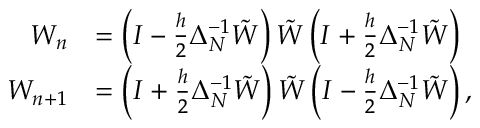
\begin{array} { r l } { W _ { n } } & { = \left( I - \frac { h } { 2 } \Delta _ { N } ^ { - 1 } \tilde { W } \right) \tilde { W } \left( I + \frac { h } { 2 } \Delta _ { N } ^ { - 1 } \tilde { W } \right) } \\ { W _ { n + 1 } } & { = \left( I + \frac { h } { 2 } \Delta _ { N } ^ { - 1 } \tilde { W } \right) \tilde { W } \left( I - \frac { h } { 2 } \Delta _ { N } ^ { - 1 } \tilde { W } \right) , } \end{array}